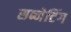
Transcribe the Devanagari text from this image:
सब्नेटिंग